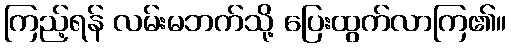
ကြည့်ရန် လမ်းမဘက်သို့ ပြေးထွက်လာကြ၏။